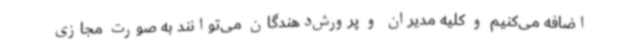
اضافه می‌کنیم و کلیه مدیران و پرورش‌دهندگان می‌توانند به صورت مجازی